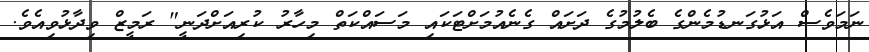
ނަމަވެސް އަޅުގަނޑުމެންގެ ބެލުމުގެ ދަށައް ގެނެއުމަށްޓަކައި މަސައްކަތް މިހާރު ކުރިއަށްދަނީ" ރަމީޒް ވިދާޅުވިއެވެ.